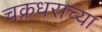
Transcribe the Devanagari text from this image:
चक्रधराच्या